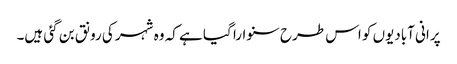
پرانی آبادیوں کو اس طرح سنوارا گیا ہے کہ وہ شہر کی رونق بن گئی ہیں۔